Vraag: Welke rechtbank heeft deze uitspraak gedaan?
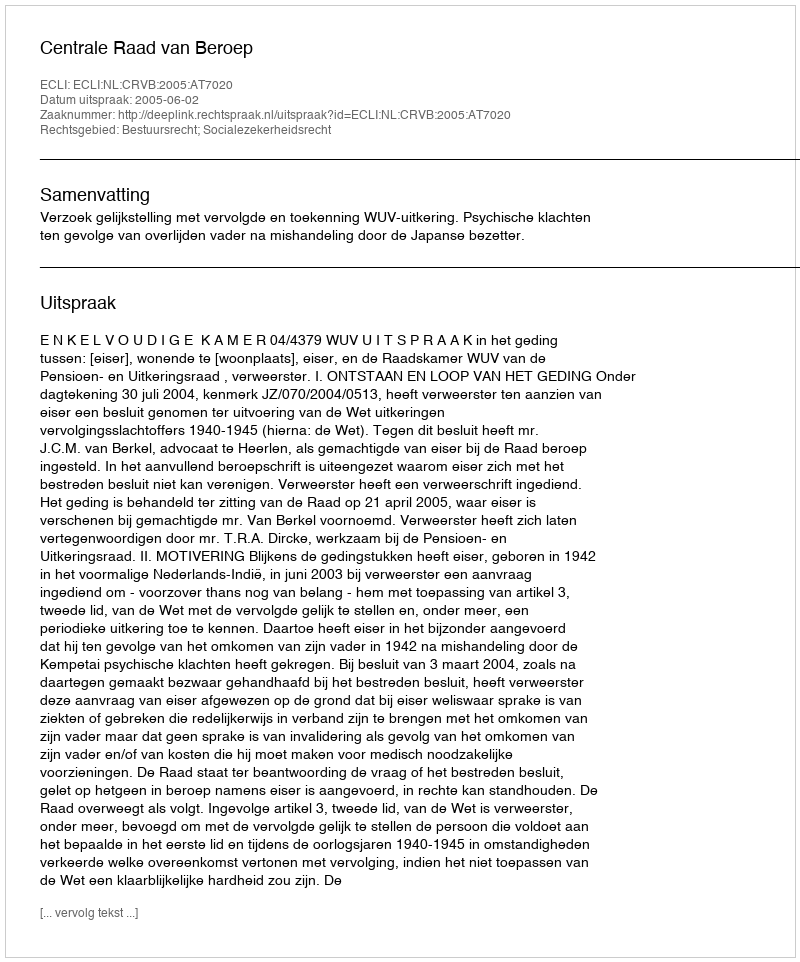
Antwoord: Centrale Raad van Beroep